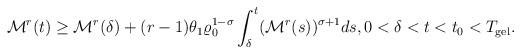
LaTeX: \begin{align*}\mathcal{M}^{r}(t)\geq \mathcal{M}^{r}(\delta)+(r-1)\theta_{1}\varrho_{0}^{1-\sigma}\int_{\delta}^{t}(\mathcal{M}^{r}(s))^{\sigma+1}ds,0<\delta<t<t_{0}<T_{\mathrm{gel}}.\end{align*}